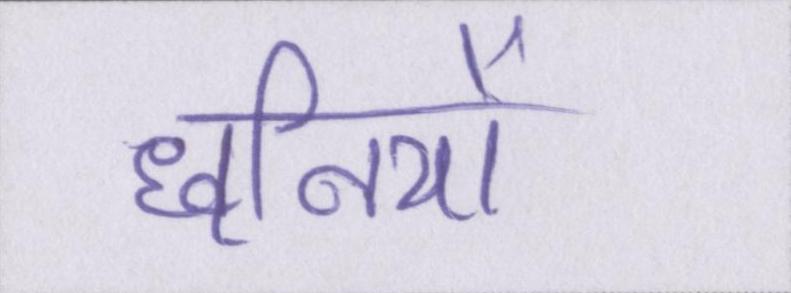
ध्वनियों